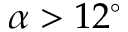
\alpha > 1 2 ^ { \circ }